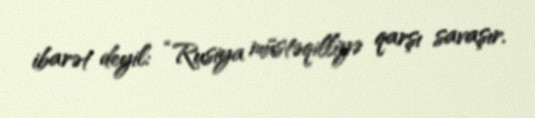
ibarət deyil: “Rusiya müstəqilliyə qarşı savaşır.